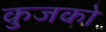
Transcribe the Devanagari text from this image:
कुजको